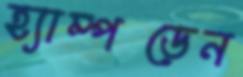
হ্যাম্পডেন